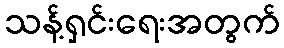
သန့်ရှင်းရေးအတွက်